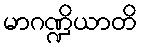
မာဂဏ္ဍိယာတိ